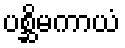
ပစ္ဆိမကာယံ